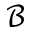
\mathcal { B }